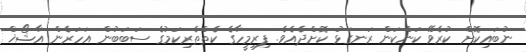
ނުބައިކޮށް ކުރެވޭ ކަންކަން ރަނގަޅު ކޮށްދެއެވެ. ފިރިމީހާގެ ކެތްތެރިކަމުގެ ސަބަބުން އަހަރެން އާޝޯޚް